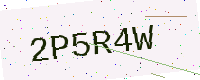
Text: 2P5R4W